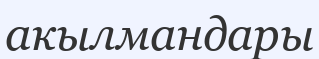
акылмандары